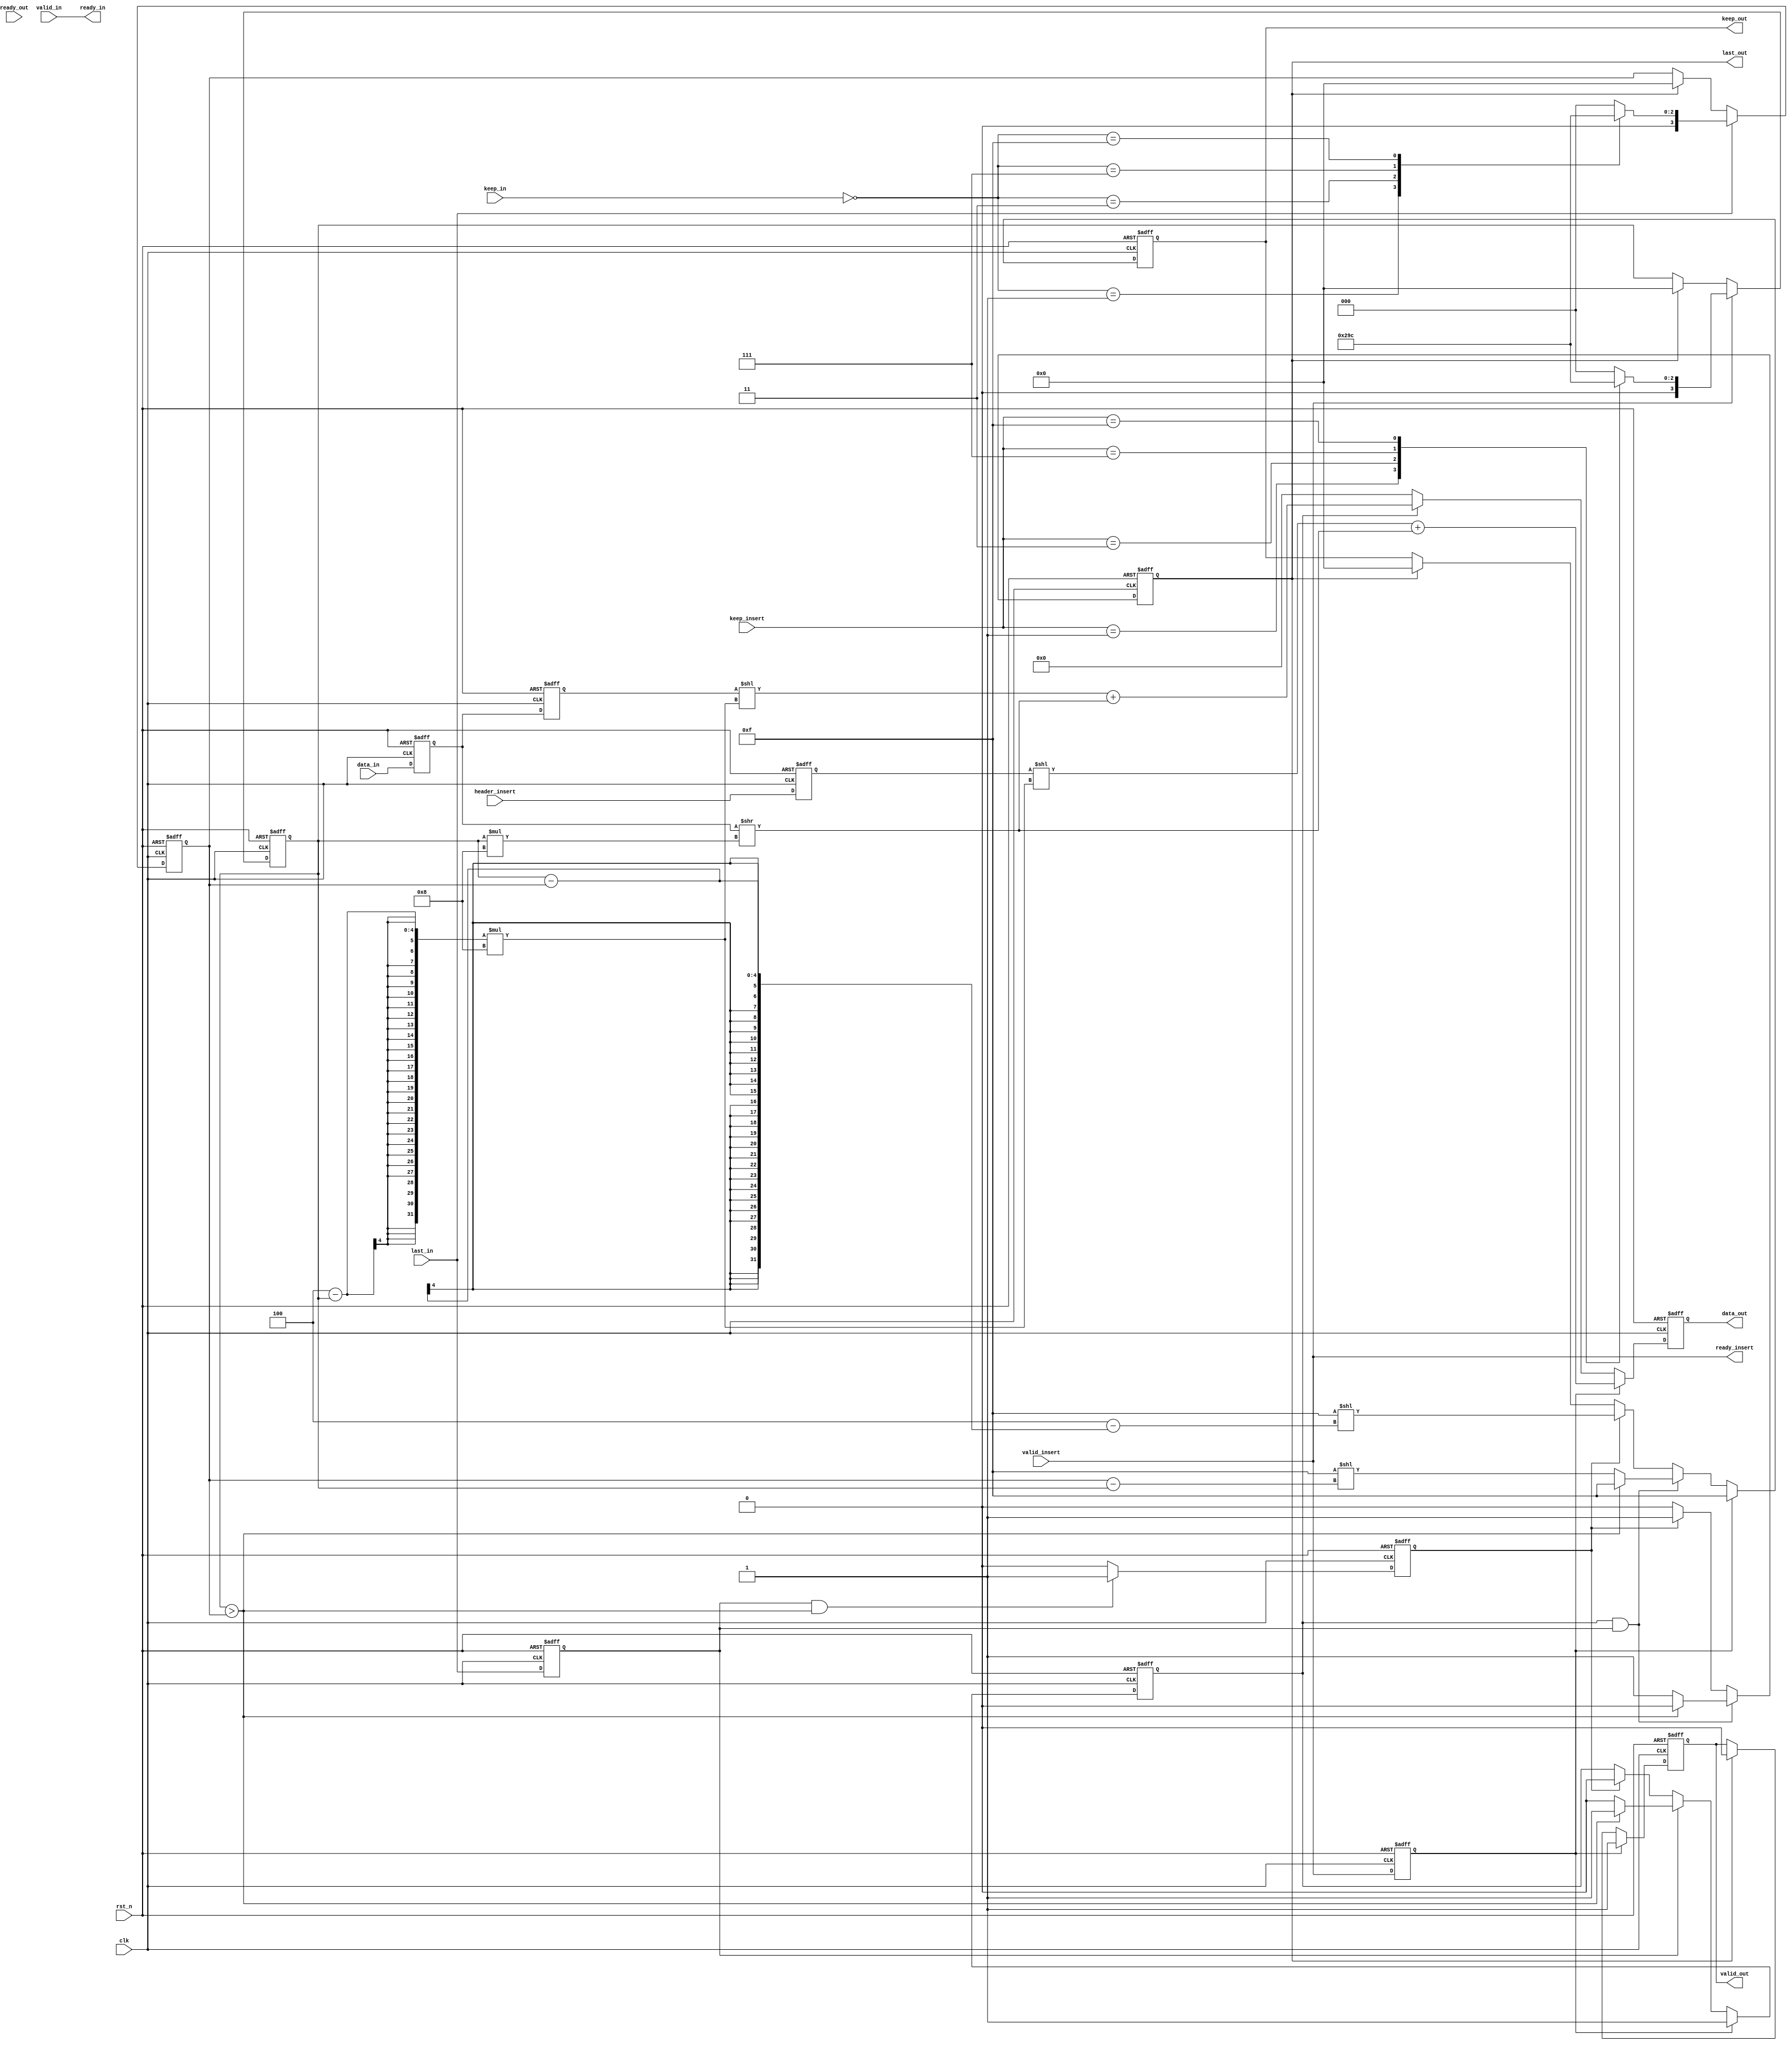

module axi_stream_insert_header 
#(
  parameter   DATA_WD      = 32         ,
  parameter   DATA_BYTE_WD = DATA_WD/8,
  //data_in
  parameter   data_in_num  = 5
) 
(
  input                           clk      ,
  input                           rst_n    ,
  
  //AXI_Streamdata_in
  input                           valid_in ,
  input   [DATA_WD-1 : 0]         data_in  ,
  input   [DATA_BYTE_WD-1 : 0]    keep_in  ,
  input                           last_in  ,
  output                          ready_in ,
  
  //AXI_Stream
  output  reg                        valid_out,
  output  reg [DATA_WD-1 : 0]         data_out ,
  output  reg [DATA_BYTE_WD-1 : 0]    keep_out ,
  output  reg                        last_out ,
  input                           ready_out,
  
  //
  input                           valid_insert ,
  input   [DATA_WD-1 : 0]         header_insert,
  input   [DATA_BYTE_WD-1 : 0]    keep_insert  ,
  output                          ready_insert
);

  assign  ready_in      =  valid_in    ;
  assign  ready_insert  =  valid_insert;
  
  //regcnt0,data_inkeep_in0keep_in=4'b1000cnt0=3
  reg     [DATA_BYTE_WD-1 : 0]    cnt0; 
  //regcnt1,keep_insert1keep_insert=4'b0011cnt1=2  
  reg     [DATA_BYTE_WD-1 : 0]    cnt1;
  //
  reg                             last_in_r;
  reg                             valid_insert_r;
  reg     [DATA_WD-1 : 0]         header_insert_r;
  reg     [DATA_WD-1 : 0]         data_in_r1;
  //
  reg     [DATA_WD-1 : 0]         data_in_r2;
  //data_in_r1data_in_r1
  reg                             flag_patch;
  //AXI_Streamdata_in_num+1data_indata_in
  reg                             flag_out_num;
  //keep_inkeep_in0
  wire    [DATA_BYTE_WD-1 : 0]    keep_in_conversion  ;
  
  assign  keep_in_conversion = ~keep_in;
  
  always@(posedge clk or negedge rst_n)
begin
	if(!rst_n)
		begin
		   last_in_r 	        <= 0;
		   valid_insert_r 	    <= 0;
		   header_insert_r 	    <= 0;
		   data_in_r1 	        <= 0;
		   data_in_r2 	        <= 0;		
		end
	else
		begin
		   last_in_r 	        <= last_in;
		   valid_insert_r 	    <= valid_insert;
		   header_insert_r 	    <= header_insert;
		   data_in_r1 	        <= data_in;
		   data_in_r2 	        <= data_in_r1;	
		end
end
  
  
  
always @ (posedge clk or negedge rst_n) 
begin
 	if(rst_n == 1'b0)
 	   cnt1 <= 'd0;
 	else if (valid_insert)
 	   begin
	      case(keep_insert)
               8'b00000000  : cnt1 <= 'd0;
               8'b00000001  : cnt1 <= 'd1;
               8'b00000011  : cnt1 <= 'd2;
               8'b00000111  : cnt1 <= 'd3;
               8'b00001111  : cnt1 <= 'd4;
               8'b00011111  : cnt1 <= 'd5;
               8'b00111111  : cnt1 <= 'd6;
               8'b01111111  : cnt1 <= 'd7;
               8'b11111111  : cnt1 <= 'd8;
			   default      : cnt1 <= 'd0;
		  endcase
	   end
    else if (last_out)	
	   cnt1 <= 'd0;
	else
       cnt1 <= cnt1;
end 

always @ (posedge clk or negedge rst_n) 
begin
 	if(rst_n == 1'b0)
 	   cnt0 <= 'd0;
 	else if (last_in)
 	   begin
	      case(keep_in_conversion)
		       8'b00000000  : cnt0 <= 'd0;
               8'b00000001  : cnt0 <= 'd1;
               8'b00000011  : cnt0 <= 'd2;
               8'b00000111  : cnt0 <= 'd3;
               8'b00001111  : cnt0 <= 'd4;
               8'b00011111  : cnt0 <= 'd5;
               8'b00111111  : cnt0 <= 'd6;
               8'b01111111  : cnt0 <= 'd7;
               
			   default      : cnt0 <= 'd0;
		  endcase
	   end
    else if (last_out)	
	   cnt0 <= 'd0;
	else
       cnt0 <= cnt0;
end 

always @ (posedge clk or negedge rst_n) 
begin
 	if(rst_n == 1'b0)
	begin
	   flag_out_num  <= 1'b0;
	end
 	else if (last_in_r && (cnt1 > cnt0))
 	   flag_out_num  <= 1'b1;
    
	else
       flag_out_num  <= 1'b0 ;
end 



always @ (posedge clk or negedge rst_n) 
begin
 	if(rst_n == 1'b0)
	   begin
	      flag_patch  <= 1'b0;
	   end
 	else if (valid_insert_r)
 	   flag_patch  <= 1'b1;
    else if (last_in_r)	
	   begin
	      if(cnt1>cnt0)
		     flag_patch  <= 1'b1 ;
		  else
		     flag_patch  <= 1'b0 ;
	   end
	else if (flag_out_num)  
	   flag_patch  <= 1'b0 ;
	else
       flag_patch  <= flag_patch ;
end 



always @ (posedge clk or negedge rst_n) 
begin
 	if(rst_n == 1'b0)
	   begin
	      data_out  <= 0;
	   end
 	else if (valid_insert_r)
 	   data_out <=  (header_insert_r << ((DATA_BYTE_WD-cnt1)*8)) + (data_in_r1 >>  (cnt1*8));                                 
    else if (flag_patch)	
	   data_out <=  (data_in_r2 << ((DATA_BYTE_WD-cnt1)*8)) + (data_in_r1 >>  (cnt1*8)); 
	else
       data_out <=  'd0;
end 

always @ (posedge clk or negedge rst_n) 
begin
 	if(rst_n == 1'b0)
	   begin
	      keep_out  <= 'd0;
	   end
 	else if (valid_insert_r)
 	   keep_out  <= {DATA_BYTE_WD{1'b1}};
    else if (flag_patch && last_in_r)	
	   begin
	      if(cnt1>cnt0)
		     keep_out  <= {DATA_BYTE_WD{1'b1}};
		  else
		     keep_out  <= {DATA_BYTE_WD{1'b1}} << (cnt0-cnt1);                     
	   end
	else if(flag_out_num)
       keep_out <=   {DATA_BYTE_WD{1'b1}} << (DATA_BYTE_WD-(cnt1-cnt0));                            
	else if(last_out)
	   keep_out <= {DATA_BYTE_WD{1'b0}};
	else
	   keep_out <= keep_out;
end 

always @ (posedge clk or negedge rst_n) 
begin
 	if(rst_n == 1'b0)
	   begin
	      last_out  <= 1'b0;
	   end
    else if (flag_patch && last_in_r)	
	   begin
	      if(cnt1>cnt0)
		     last_out  <= 1'b0;
		  else
		     last_out  <= 1'b1;
	   end
	else if(flag_out_num)
       last_out <= 1'b1;
	else
	   last_out <= 1'b0;
end 

always @ (posedge clk or negedge rst_n) 
begin
 	if(rst_n == 1'b0)
	   begin
	      valid_out  <= 1'b0;
	   end
    else if (valid_insert_r)	
	   begin
	      valid_out  <= 1'b1;
	   end
	else if(last_out)
       valid_out <= 1'b0;
	else
	   valid_out <= valid_out;
end 


endmodule